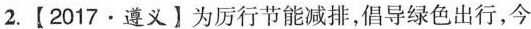
2.【2017·遵义】为厉行节能减排，倡导绿色出行，今